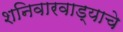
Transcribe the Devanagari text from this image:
शनिवारवाड्याचे